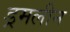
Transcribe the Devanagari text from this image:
ड्रमलीन